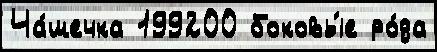
Ча́шечка 199200 боковы́е ро́да